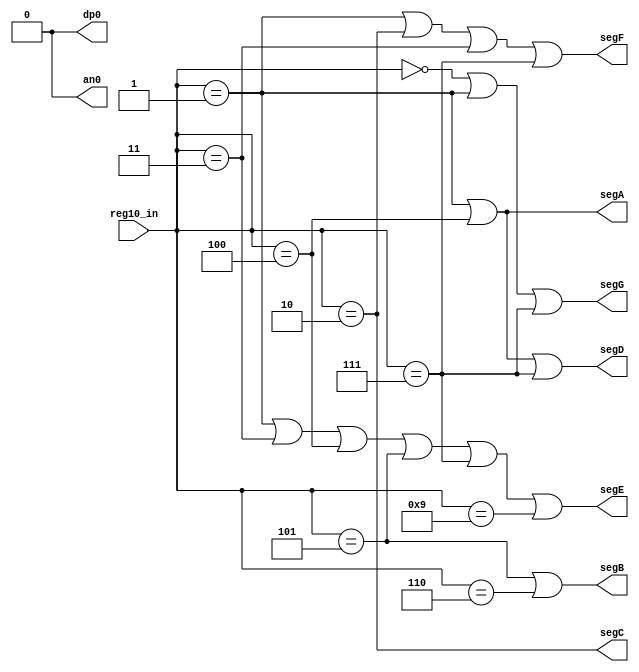
module LCD_Controller(reg10_in, segA, segB, segC, segD, segE, segF, segG, an0, dp0);

    input [31:0] reg10_in;
    output wire segA, segB, segC, segD, segE, segF, segG, an0, dp0;

    assign segA = (reg10_in == 32'b00000000000000000000000000000001 || reg10_in == 32'b00000000000000000000000000000100);
    assign segB = (reg10_in == 32'b00000000000000000000000000000101 || reg10_in == 32'b00000000000000000000000000000110);
    assign segC = (reg10_in == 32'b00000000000000000000000000000010);
    assign segD = (reg10_in == 32'b00000000000000000000000000000001 || reg10_in == 32'b00000000000000000000000000000100 || reg10_in == 32'b00000000000000000000000000000111);
    assign segE = (reg10_in == 32'b00000000000000000000000000000001 || reg10_in == 32'b00000000000000000000000000000011 || reg10_in == 32'b00000000000000000000000000000100 || reg10_in == 32'b00000000000000000000000000000101 || reg10_in == 32'b00000000000000000000000000000111 || reg10_in == 32'b00000000000000000000000000001001);
    assign segF = (reg10_in == 32'b00000000000000000000000000000001 || reg10_in == 32'b00000000000000000000000000000010 || reg10_in == 32'b00000000000000000000000000000011 || reg10_in == 32'b00000000000000000000000000000111);
    assign segG = (reg10_in == 32'b00000000000000000000000000000000 || reg10_in == 32'b00000000000000000000000000000001 || reg10_in == 32'b00000000000000000000000000000111);
    assign an0 = 1'b0;
    assign dp0 = 1'b0;


endmodule